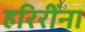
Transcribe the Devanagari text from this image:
हरिरींना